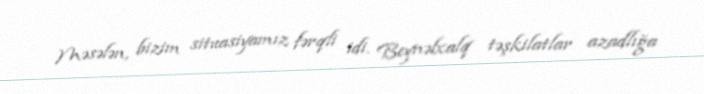
Məsələn, bizim situasiyamız fərqli idi. Beynəlxalq təşkilatlar azadlığa